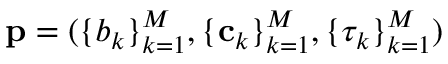
\mathbf { p } = ( \{ b _ { k } \} _ { k = 1 } ^ { M } , \{ \mathbf { c } _ { k } \} _ { k = 1 } ^ { M } , \{ \tau _ { k } \} _ { k = 1 } ^ { M } )